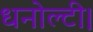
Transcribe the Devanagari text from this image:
धनोल्टी।